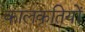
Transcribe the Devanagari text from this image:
कालकृतियों